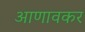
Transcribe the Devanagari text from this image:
आणावकर